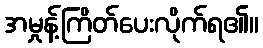
အမှုန့်ကြိတ်ပေးလိုက်ရ၏။